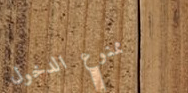
ممنوع الدخول